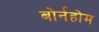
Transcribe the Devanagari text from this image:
बोर्नहोम